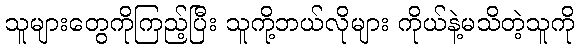
သူများတွေကိုကြည့်ပြီး သူကို့ဘယ်လိုများ ကိုယ်နဲ့မသိတဲ့သူကို